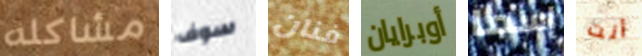
مشاكله سوف فنان أوبرايان إسما أنت